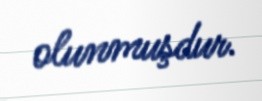
olunmuşdur.